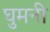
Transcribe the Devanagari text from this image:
घुमनी